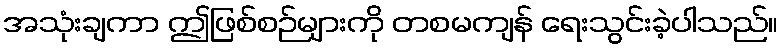
အသုံးချကာ ဤဖြစ်စဉ်များကို တစမကျန် ရေးသွင်းခဲ့ပါသည်။